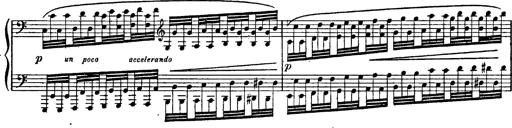
Title: Feierlicher Marsch zum heiligen Gral aus Parsifal
Composer: Franz Liszt